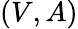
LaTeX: (V,A)